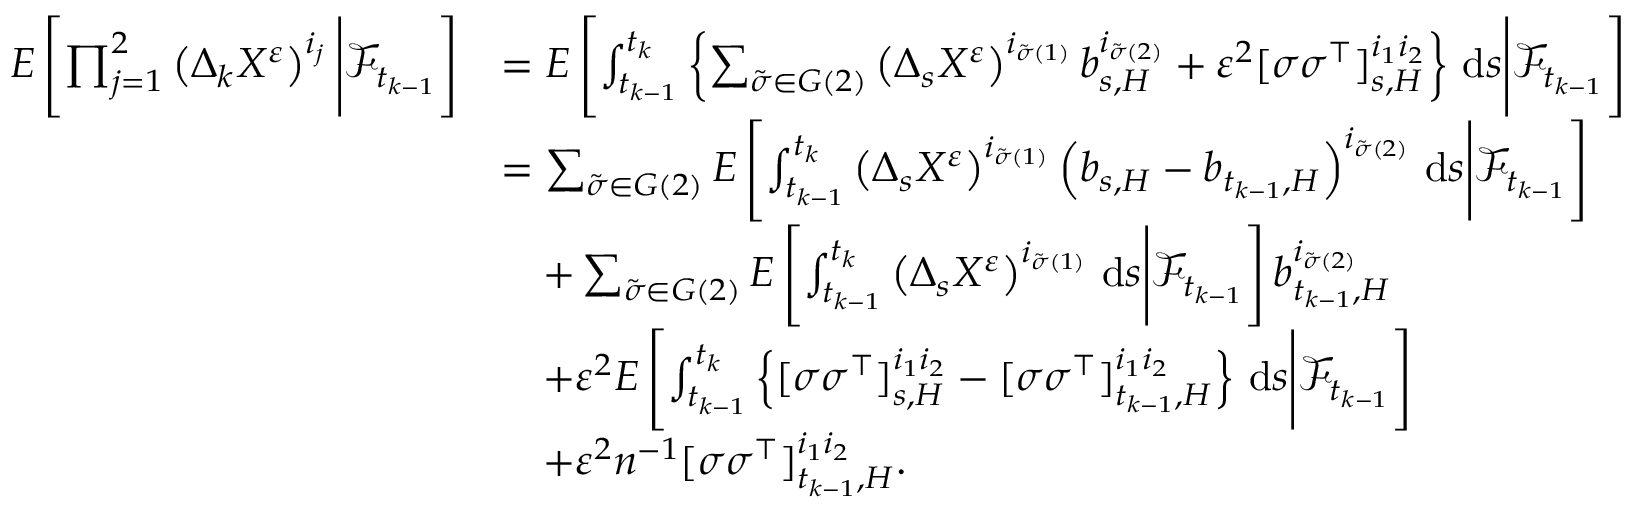
\begin{array} { r l } { E \left[ \prod _ { j = 1 } ^ { 2 } \left( \Delta _ { k } X ^ { \varepsilon } \right) ^ { i _ { j } } \Bigg | \mathcal { F } _ { t _ { k - 1 } } \right] } & { = E \left[ \int _ { t _ { k - 1 } } ^ { t _ { k } } \left\{ \sum _ { \tilde { \sigma } \in G ( 2 ) } \left( \Delta _ { s } X ^ { \varepsilon } \right) ^ { i _ { \tilde { \sigma } ( 1 ) } } b _ { s , H } ^ { i _ { \tilde { \sigma } ( 2 ) } } + \varepsilon ^ { 2 } [ \sigma \sigma ^ { \top } ] _ { s , H } ^ { i _ { 1 } i _ { 2 } } \right\} \, \mathrm { d } s \Bigg | \mathcal { F } _ { t _ { k - 1 } } \right] } \\ & { = \sum _ { \tilde { \sigma } \in G ( 2 ) } E \left[ \int _ { t _ { k - 1 } } ^ { t _ { k } } \left( \Delta _ { s } X ^ { \varepsilon } \right) ^ { i _ { \tilde { \sigma } ( 1 ) } } \left( b _ { s , H } - b _ { t _ { k - 1 } , H } \right) ^ { i _ { \tilde { \sigma } ( 2 ) } } \, \mathrm { d } s \Bigg | \mathcal { F } _ { t _ { k - 1 } } \right] } \\ & { \quad + \sum _ { \tilde { \sigma } \in G ( 2 ) } E \left[ \int _ { t _ { k - 1 } } ^ { t _ { k } } \left( \Delta _ { s } X ^ { \varepsilon } \right) ^ { i _ { \tilde { \sigma } ( 1 ) } } \, \mathrm { d } s \Bigg | \mathcal { F } _ { t _ { k - 1 } } \right] b _ { t _ { k - 1 } , H } ^ { i _ { \tilde { \sigma } ( 2 ) } } } \\ & { \quad + \varepsilon ^ { 2 } E \left[ \int _ { t _ { k - 1 } } ^ { t _ { k } } \left\{ [ \sigma \sigma ^ { \top } ] _ { s , H } ^ { i _ { 1 } i _ { 2 } } - [ \sigma \sigma ^ { \top } ] _ { t _ { k - 1 } , H } ^ { i _ { 1 } i _ { 2 } } \right\} \, \mathrm { d } s \Bigg | \mathcal { F } _ { t _ { k - 1 } } \right] } \\ & { \quad + \varepsilon ^ { 2 } n ^ { - 1 } [ \sigma \sigma ^ { \top } ] _ { t _ { k - 1 } , H } ^ { i _ { 1 } i _ { 2 } } . } \end{array}